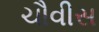
ચૌવીસ